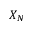
X _ { N }